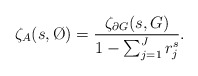
\begin{align*}\zeta_A(s,\O)=\frac{\zeta_{\partial G}(s,G)}{1-\sum_{j=1}^{J}r_j^s}.\end{align*}